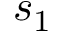
s _ { 1 }